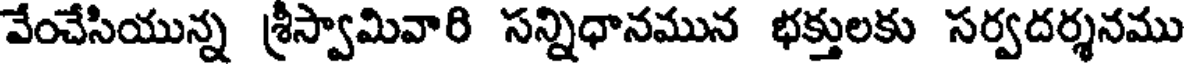
వేంచేసియున్న శ్రీస్వామివారి సన్నిధానమున భక్తులకు సర్వదర్శనము